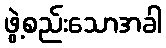
ဖွဲ့စည်းသောအခါ